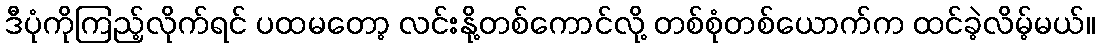
ဒီပုံကိုကြည့်လိုက်ရင် ပထမတော့ လင်းနို့တစ်ကောင်လို့ တစ်စုံတစ်ယောက်က ထင်ခဲ့လိမ့်မယ်။